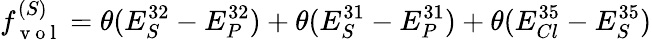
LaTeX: f_{\mathrm{~v~o~l~}}^{(S)}=\theta(E_{S}^{32}-E_{P}^{32})+\theta(E_{S}^{31}-E_{P}^{31})+\theta(E_{Cl}^{35}-E_{S}^{35})